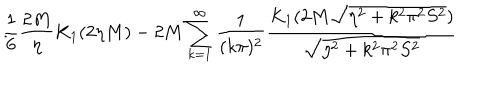
LaTeX: \frac { 1 } { 6 } \frac { 2 M } { \eta } K _ { 1 } ( 2 \eta M ) - 2 M \sum _ { k = 1 } ^ { \infty } \frac { 1 } { ( k \pi ) ^ { 2 } } \frac { K _ { 1 } ( 2 M \sqrt { \eta ^ { 2 } + k ^ { 2 } \pi ^ { 2 } S ^ { 2 } } ) } { \sqrt { \eta ^ { 2 } + k ^ { 2 } \pi ^ { 2 } S ^ { 2 } } } \hspace { 0 . 5 c m } .